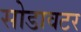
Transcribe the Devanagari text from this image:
सोडावटर